Medical and sanitary report of the native army of Bengal for the year
Year: 1874
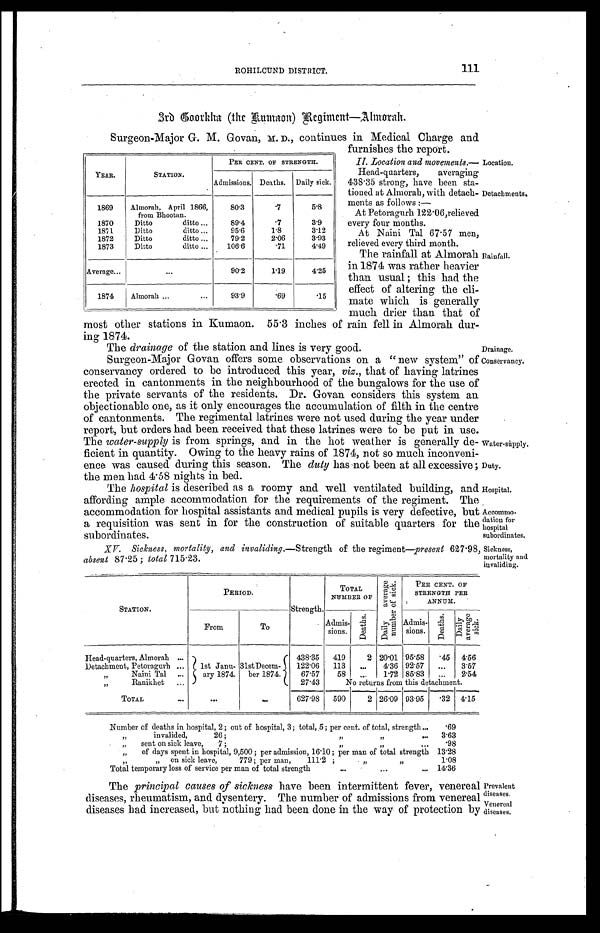
Conservancy.
Water-supply.
Duty.
Hospital.
Accommo
-dation for
hospital
subordinates.
111
ROHILCUND DISTRICT.
3rd Goorkha (t he Kumaon) Regi ment —Al morah.
Surgeon-Major G. M. Govan, M. D., continues in Medical Charge and
furnishes the report.
II. Location and movements.—
Head-quarters, averaging
438.35 strong, have been sta
-tioned at Almorah, with detach
- m e n t s a s f o l l o w s : —
At Petoragurh 122.06,relieved
every four months.
At Naini Tal 67.57 men,
relieved every third month.
The rainfall at Almorah
in 1874 was rather heavier
than usual; this had the
effect of altering the cli
-mate which is generally
much drier than that
of most other stations in Kumaon. 55. 3 inches of rain fell in Almorah dur
- i n g 1 8 7 4 .
YEAR.
STATION.
PER CENT. OF STRENGTH.
Admissions. Deaths.
Daily sick.
1869
Almorah, April 1866,
from Bhootan.
80.3
. 7 5.8
1870
Ditto ditto . . .
89.4
. 7 3.9
1871
Ditto ditto . . .
95.6
1.8
3.12
1872
Ditto ditto . . .
79.2
2.06
3.93
1873
Ditto ditto . . .
106.6
. 7 1 4.49
Average . . .
. . .
90.2
1.19
4.25
1874
Almorah . . .
93.9
. 6 9 .15
Location.
Detachments.
Rainfall.
The drainage of the station and lines is very good.
Drainage.
Surgeon-Major Govan offers some observations on a "new system" of
conservancy ordered to be introduced this year, viz., that of having latrines
erected in cantonments in the neighbourhood of the bungalows for the use of
the private servants of the residents. Dr. Govan considers this system an
objectionable one, as it only encourages the accumulation of filth in the centre
of cantonments. The regimental latrines were not used during the year under
report, but orders had been received that these latrines were to be put in use.
The water-supply is from springs, and in the hot weather is generally de
-ficient in quantity. Owing to the heavy rains of 1874, not so much inconveni
-ence was caused during this season. The duty has not been at all excessive;
the men had 4.58 nights in bed.
The hospital is described as a roomy and well ventilated building, and
affording ample accommodation for the requirements of the regiment. The
accommodation for hospital assistants and medical pupils is very defective, but
a requisition was sent in for the construction of suitable quarters for the
subordinates.
XV. Sickness, mortality, and invaliding .—Strength of the regiment—present 627.98,
absent 87.25; total 715.23.
STATION.
PERIOD.
Strength.
TOTAL
NUMBER OF
D a i l y a v e r a g e n u m b e r o f s i c k .
PER CENT. OF
STRENGTH PER
ANNUM.
From
To
Admis-
sions.
D e a t h s .
Admis-
sions.
D e a t h s .
D a i l y a v e r a g e s i c k .
Head-quarters, Almorah . . .
1st Janu-
ary 1874.
31st Decem-
ber 1874.
438.35
419
2 20.01 95.58
45
4.56
Detachment, Petoragurh . . .
122.06
113
. . .
4.36 92.57
. . . 3.57
" Naini Tal . . .
67.57
58
. . .
1.72 85.83
. . . 2.54
" Ranikhet . . .
27.43
No returns from this detachment.
TOTAL . . .
. . .
. . .
627.98
590
2 26.09 93.95
. 3 2 4.15
Number of deaths in hospital, 2; out of hospital, 3; total, 5; per cent. of total, strength . . .
.69
" i n v a l i d e d , 2 6 ; " " " . . .
3.63
" sent on sick leave, 7; " " . . .
.98
" of days spent in hospital, 9,500; per admission, 16.10; per man of total strength 13.28
" " on sick leave, 779; per man,
111.2
; " " . . .
1.08
Total temporary loss of service per man of total strength . . . 14.36
The principal causes of sickness have been intermittent fever, venereal
diseases, rheumatism, and dysentery. The number of admissions from venereal
diseases had increased, but nothing had been done in the way of protection by
Sickness,
mortality and
invaliding.
Prevalent
diseases.
Venereal
diseases.